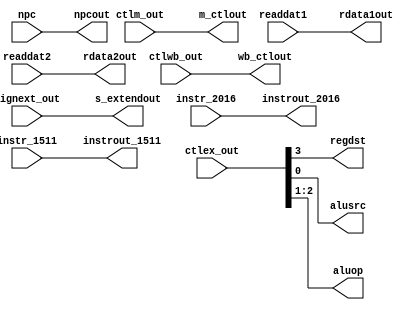
`timescale 1ns / 1ps
/*
Names: Beverly Abadines (004737953), Kyle Lee (005054981)
Term: Spring 2016
Class: CSE 401
Module: ifetch.v
Lab: 2
Date: May 3rd, 2016

Implements an ID/EX pipeline register that inputs and outputs the program 
counter and instruction.

Changes from the diagram: ctlex_out outputs into regdst[1], alusrc[1], and aluop[2]
This refers to the Execution/Address control lines.
*/
module id_ex(
	input	wire 	[1:0]	ctlwb_out,
	input	wire 	[2:0]	ctlm_out,
	input	wire 	[3:0]	ctlex_out,
	input	wire 	[31:0]	npc, readdat1, readdat2, signext_out,
	input	wire	[4:0]	instr_2016, instr_1511,
	output	reg	[1:0]	wb_ctlout,
	output	reg	[2:0]	m_ctlout,
	output	reg		regdst, alusrc,
	output	reg	[1:0]	aluop, 
	output	reg 	[31:0]	npcout, rdata1out, rdata2out, s_extendout,
	output	reg	[4:0]	instrout_2016, instrout_1511 //ex_ctlout 
 );
		
initial begin
      //Assign 0's to everything
  		wb_ctlout 	<= 0;
	  	m_ctlout 	<= 0;
	  	regdst 		<= 0;
	  	aluop 		<= 0;
	  	alusrc 		<= 0;
	  	npcout 		<= 0;
	  	rdata1out 	<= 0;  
	  	rdata2out 	<= 0; 
	  	s_extendout 	<= 0;
		instrout_2016	<= 0; 
		instrout_1511	<= 0;
end

always @ * begin
     //Wire the inputs to the outputs corresponding outputs
 		 #1
	 	 wb_ctlout 	<= ctlwb_out;
		 m_ctlout 	<= ctlm_out;	
		 regdst 	<= ctlex_out[3];	 //ctlex_out is mapped to 3 outputs:
		 //ex_ctlout 	<= ctlex_out;	 	//regdst, aluop, and alusrc
		 aluop 		<= ctlex_out[2:1];				
		 alusrc 	<= ctlex_out[0];			
		 npcout 	<= npc;
		 rdata1out 	<= readdat1;
		 rdata2out 	<= readdat2;
		 s_extendout 	<= signext_out;
		 instrout_2016 	<= instr_2016;
		 instrout_1511 	<= instr_1511;
	end
endmodule //id_ex